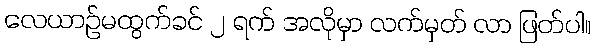
လေယာဉ်မထွက်ခင် ၂ ရက် အလိုမှာ လက်မှတ် လာ ဖြတ်ပါ။